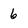
Character: 6